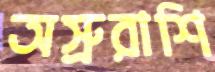
অস্রুরাশি